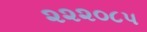
૨૨૨૦૮૫